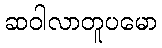
ဆဝါလာတူပမော